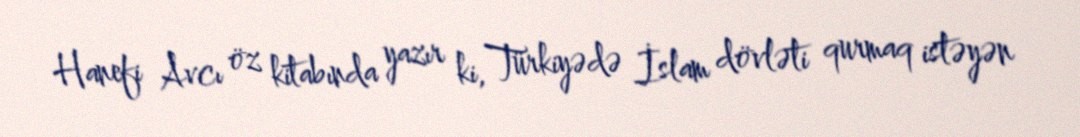
Hanefi Avcı öz kitabında yazır ki, Türkiyədə İslam dövləti qurmaq istəyən